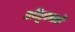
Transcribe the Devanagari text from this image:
ओंडूलाडो